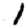
Digit: 1